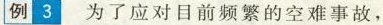
例3为了应对目前频繁的空难事故，